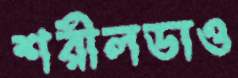
শরীলডাও